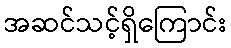
အဆင်သင့်ရှိကြောင်း